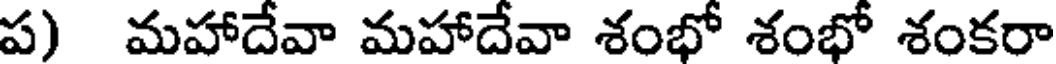
ప) మహాదేవా మహాదేవా శంభో శంభో శంకరా